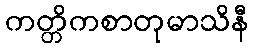
ကတ္တိကစာတုမာသိနီ